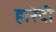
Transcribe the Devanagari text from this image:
हारेदी